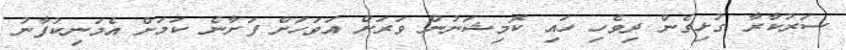
ސަރުކާރާ ގުޅިގެން ދިވެހި ހައި ކޮމިޝަނުން ވަރަށް އަވަހަށް ފަށާނެ ކަމަށް އެމަނިކުފާނު